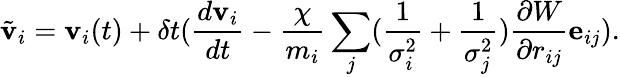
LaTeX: \tilde{\mathbf{v}}_{i}=\mathbf{v}_{i}(t)+\delta t(\frac{d\mathbf{v}_{i}}{dt}-\frac{\chi}{m_{i}}\sum_{j}(\frac{1}{\sigma_{i}^{2}}+\frac{1}{\sigma_{j}^{2}})\frac{\partial{W}}{\partial{r_{ij}}}\mathbf{e}_{ij}).